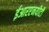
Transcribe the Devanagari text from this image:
ईआरएनयीटी